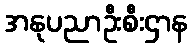
အနုပညာဦးစီးဌာန